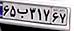
۶۵ب۳۱۷۶۷